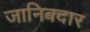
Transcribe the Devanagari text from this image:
जानिबदार